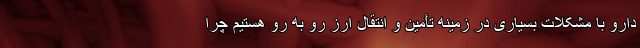
دارو با مشکلات بسیاری در زمینه تأمین و انتقال ارز رو به رو هستیم چرا